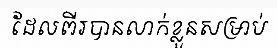
ដែលពីរបានលាក់ខ្លួនសម្រាប់